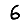
Digit: 6